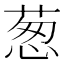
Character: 葱